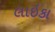
લાઇકા